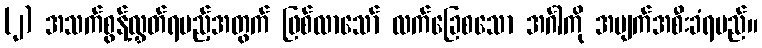
(၂) အသက်စွန့်လွှတ်ရမည့်အတွက် ဖြစ်လာသော် လက်ခြေစသော အင်္ဂါကို အပျက်အစီးခံရမည်။